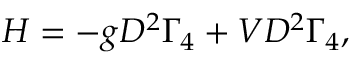
H = - g D ^ { 2 } \Gamma _ { 4 } + V D ^ { 2 } \Gamma _ { 4 } ,